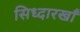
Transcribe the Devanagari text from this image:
सिध्दारखाँ